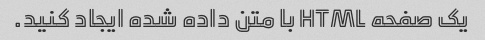
یک صفحه HTML با متن داده شده ایجاد کنید.